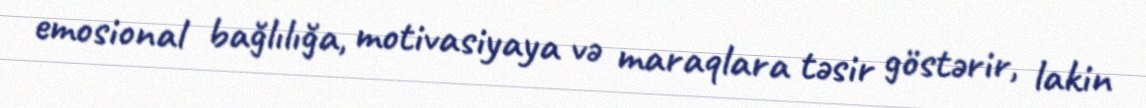
emosional bağlılığa, motivasiyaya və maraqlara təsir göstərir, lakin